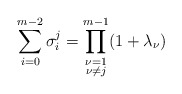
\begin{align*}\sum_{i=0}^{m-2} \sigma_{i}^j = \prod_{\substack{\nu=1\\\nu\neq j}}^{m-1}(1+\lambda_{\nu})\end{align*}